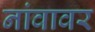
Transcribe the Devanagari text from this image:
नांवावर